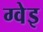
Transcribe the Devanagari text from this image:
ग्वेइ